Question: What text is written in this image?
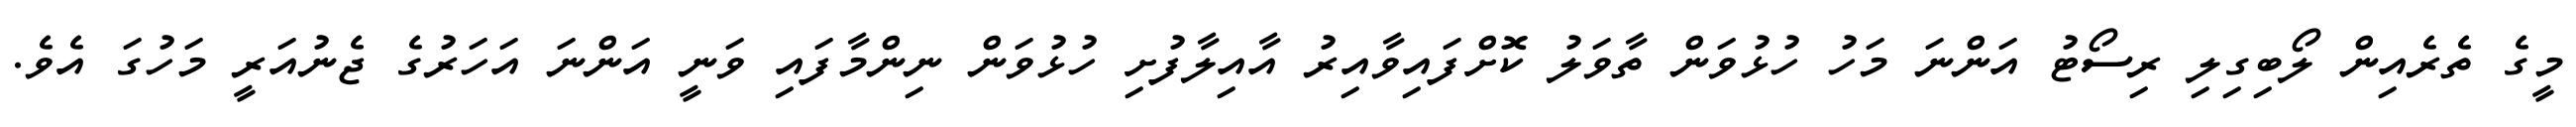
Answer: މީގެ ތެރެއިން ލޯބިގިލި ރިސޯޓު އަންނަ މަހު ހުޅުވަން ތާވަލު ކޮށްފައިވާއިރު އާއިލާފުށި ހުޅުވަން ނިންމާފައި ވަނީ އަންނަ އަހަރުގެ ޖެނުއަރީ މަހުގަ އެވެ.